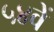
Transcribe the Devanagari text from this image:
५४वें